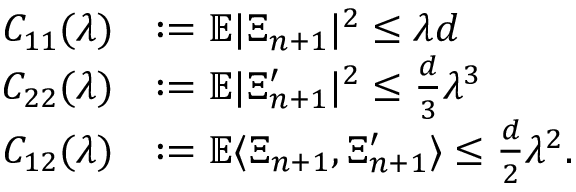
\begin{array} { r l } { C _ { 1 1 } ( \lambda ) } & { : = \mathbb { E } | \Xi _ { n + 1 } | ^ { 2 } \leq \lambda d } \\ { C _ { 2 2 } ( \lambda ) } & { : = \mathbb { E } | \Xi _ { n + 1 } ^ { \prime } | ^ { 2 } \leq \frac { d } { 3 } \lambda ^ { 3 } } \\ { C _ { 1 2 } ( \lambda ) } & { : = \mathbb { E } \langle \Xi _ { n + 1 } , \Xi _ { n + 1 } ^ { \prime } \rangle \leq \frac { d } { 2 } \lambda ^ { 2 } . } \end{array}